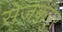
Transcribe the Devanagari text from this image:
सेजकपुर